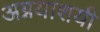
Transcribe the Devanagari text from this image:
अग्नयाशयी